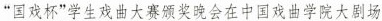
”国戏杯”学生戏曲大赛颁奖晚会在中国戏曲学院大剧场